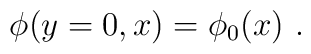
\phi (y=0 , x) = \phi_0 (x)  \ .